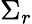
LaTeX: \Sigma_{r}